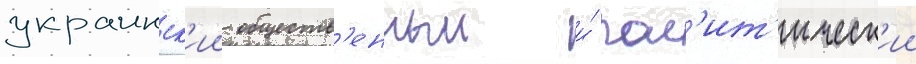
украинск'ии обществ'енныи и́ пол'ит'ическ'ии